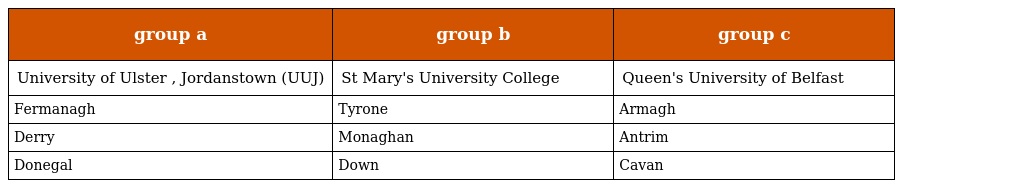
| group a | group b | group c |
 | --- | --- | --- |
 | University of Ulster , Jordanstown (UUJ) | St Mary's University College | Queen's University of Belfast |
 | Fermanagh | Tyrone | Armagh |
 | Derry | Monaghan | Antrim |
 | Donegal | Down | Cavan |